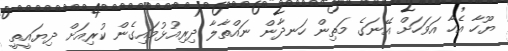
ޔޫހާ އެހާ އަވަހަށް އޭނަގެ މަތިން ހަނދާން ނައްތާލާ ދިރިއުޅުމައިގެން ކުރިއަށް ދިޔައީތީ